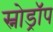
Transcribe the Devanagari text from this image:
स्नोड्रॉप